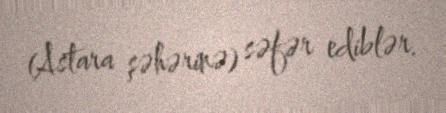
(Astara şəhərinə) səfər ediblər.